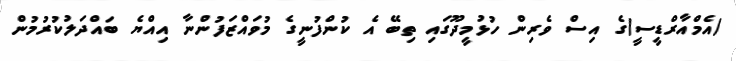
(އެމްއާރްޑީސީ)ގެ އިސް ވެރިން ހުޅުމީދޫގައި ތިބޭ އެ ކުންފުނީގެ މުވައްޒަފުންނާ އިއްޔެ ބައްދަލުކުރުމުން